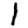
Digit: 1